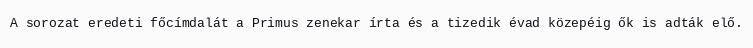
A sorozat eredeti főcímdalát a Primus zenekar írta és a tizedik évad közepéig ők is adták elő.